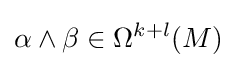
\alpha \wedge \beta \in \Omega ^{k+l}(M)